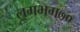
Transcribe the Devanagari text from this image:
लगभग७०